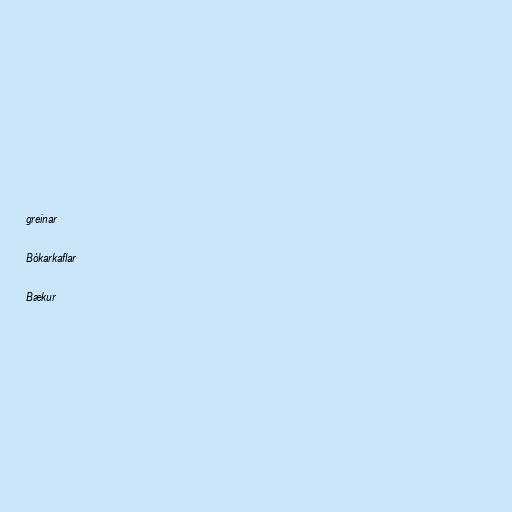
greinar

Bókarkaflar

Bækur